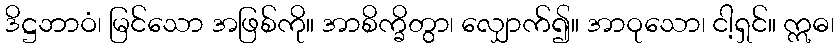
ဒိဋ္ဌဘာဝံ၊ မြင်သော အဖြစ်ကို။ အာစိက္ခိတွာ၊ လျှောက်၍။ အာဝုသော၊ ငါ့ရှင်။ ဣဓ၊